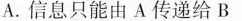
A.信息只能由A传递给B